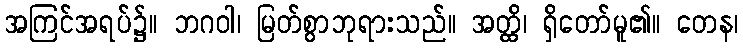
အကြင်အရပ်၌။ ဘဂဝါ၊ မြတ်စွာဘုရားသည်။ အတ္ထိ၊ ရှိတော်မူ၏။ တေန၊